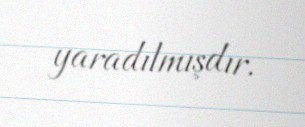
yaradılmışdır.